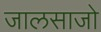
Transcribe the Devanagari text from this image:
जालसाजो